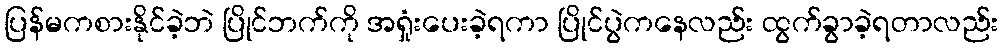
ပြန်မကစားနိုင်ခဲ့ဘဲ ပြိုင်ဘက်ကို အရှုံးပေးခဲ့ရကာ ပြိုင်ပွဲကနေလည်း ထွက်ခွာခဲ့ရတာလည်း